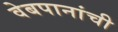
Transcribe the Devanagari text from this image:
वेबपानांची